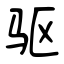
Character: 驱